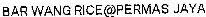
BAR WANG RICE@PERMAS JAYA